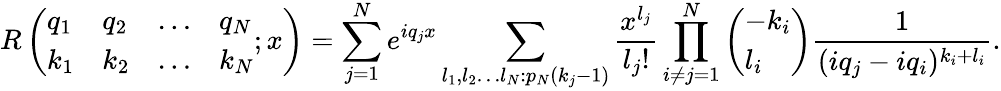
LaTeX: R\left(\begin{array}{llll}{q_{1}}&{q_{2}}&{\ldots}&{q_{N}}\\ {k_{1}}&{k_{2}}&{\ldots}&{k_{N}}\end{array};x\right)=\sum_{j=1}^{N}e^{iq_{j}x}\sum_{l_{1},l_{2}\ldots l_{N}:p_{N}(k_{j}-1)}\frac{x^{l_{j}}}{l_{j}!}\prod_{i\neq j=1}^{N}\left(\begin{array}{l}{-k_{i}}\\ {l_{i}}\end{array}\right)\frac{1}{(iq_{j}-iq_{i})^{k_{i}+l_{i}}}.